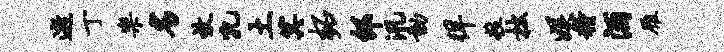
逝丁乐劣效孔土箕柘邵汛动徉粒拙娱粮酒雁